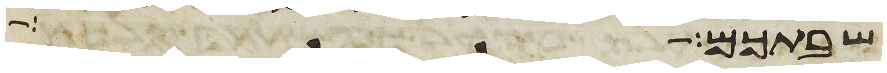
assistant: שבתכם